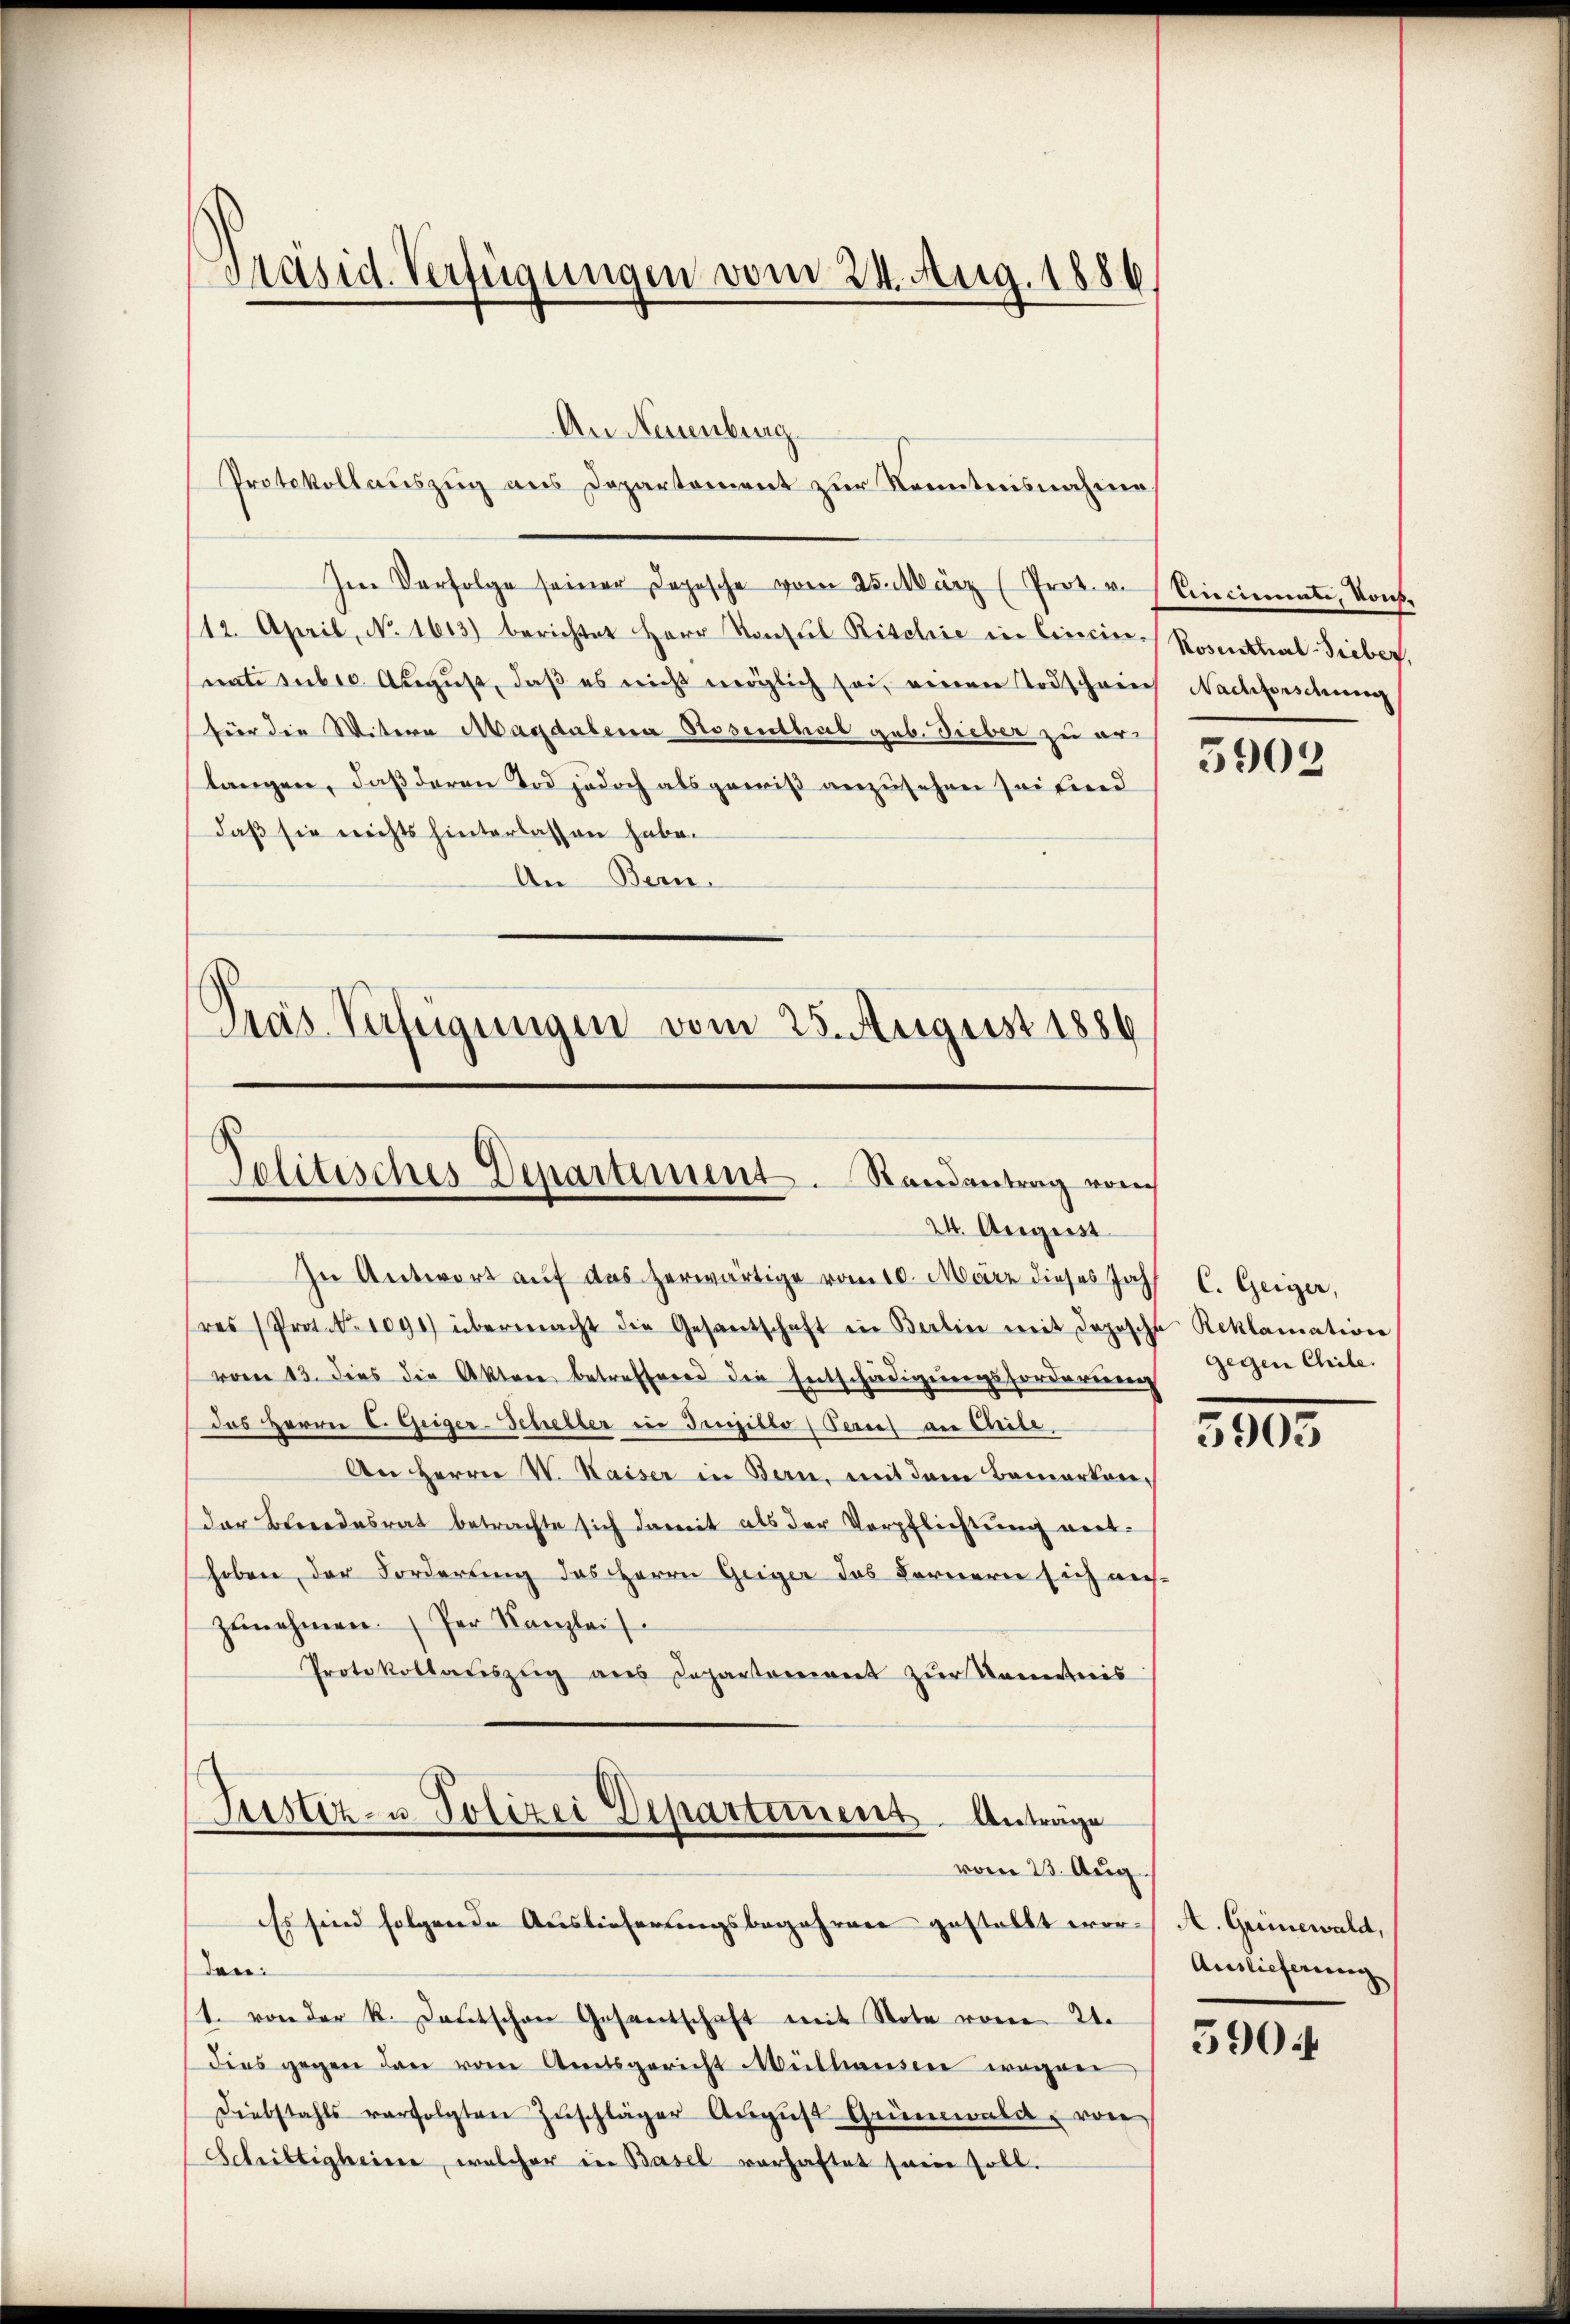
Präsid. Verfügungen vom 24. Aug. 1886,

An Neuenburg
Protokollauszug aus Departement zur Kenntnisnahme
Im Verfolge seiner Depesche vom 25. März (Prok. v. Vincimente, Kons.
/12. April, No. 1613) berichtet Herr Konsul Rischie in Cincin-Rosenthal-Sieber,
nate subre. August, daß es nicht möglich sei, einen Todschreich Nachforschung
für die Witere Magdalena Rosenthal geb. Dieber zu erlangen, daß deren Tod jedoch als gewiß anzusehen Zeitend
daß sie nichts hinterlassen habe.
An Bern.
Pras. Verfügungen vom 25. August 1886

In Antwort auf das herwärtige vom 10. März dieses Jah
res Prot. N. 1091) übermacht die Gesandschaft in Berlin mit dopische Reklamation
vom 13. dies die Akten betreffend die Entschädigungsforderung
das Herrn C. Geiger-Scheller in Gengillo (Peruf an Chile
An Herrn V. Kaiser in Bern, mit dem Bemerkender Berendesrat betrachte sich damit als der Verpflichtung niet-
hoben der Forderung des Herrn Geiger das Fernern sich nich
zunehmen. Der Kanzlei
Protokollauszug aus Departement zŭr Kenntnis
Justiz- u. Polizei Departement. Anträge
vom 23. Aug.
Es sind folgende Auslieferungsbegehren gestellt wor- A. Grünewald,
den:
1. von der k. Lautschen Gesantschaft mit Note von 24.
dies gegen den vom Amtsgericht Mülhausen wegen
Diebstahls verfolgten Zŭschläger Aŭgŭst Grünwald von
Schriftigheime, welcher in Basel vorhaftet sein soll.

Politisches Departiment. Randantrag vom
24. August

5902

C. Geiger,
gegen Chile.

3805.

Auslieferung
5904